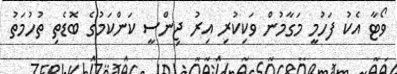
ވޯޓާ އެކު ފަހުމީ މަގާމުން ވަކިކުރި އިރު ޖިންސީ ކަންކަމުގެ ބޮޑެތި ތުހުމަތު